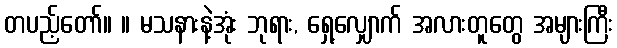
တပည့်တော်။ ။ မသနားနဲ့အုံး ဘုရား, ရှေ့လျှောက် အလားတူတွေ အများကြီး